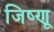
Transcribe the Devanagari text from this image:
जिष्णू